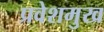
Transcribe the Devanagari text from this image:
प्रवेशमुख